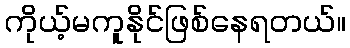
ကိုယ့်မကူနိုင်ဖြစ်နေရတယ်။